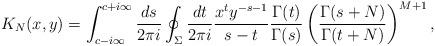
LaTeX: \begin{align*} K_{N}(x, y) = \int_{c-i\infty}^{c + i\infty} \frac{ds}{2\pi i} \oint_{\Sigma} \frac{dt}{2 \pi i} \frac{x^{t} y^{-s-1}}{s-t} \frac{\Gamma(t)}{\Gamma(s)} \left( \frac{\Gamma(s+N)}{\Gamma(t+N)}\right)^{M+1},\end{align*}